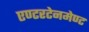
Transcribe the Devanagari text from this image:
एण्टरटेनमेण्ट